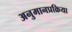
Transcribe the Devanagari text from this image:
अनुमानप्रक्रिया